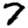
Digit: 7